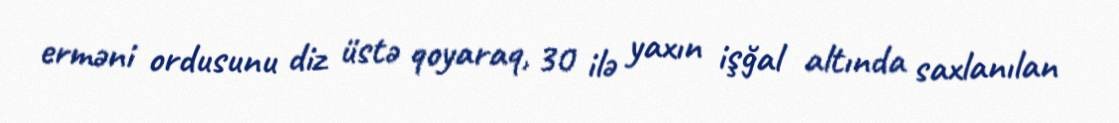
erməni ordusunu diz üstə qoyaraq, 30 ilə yaxın işğal altında saxlanılan